Report of the Indian Hemp Drugs Commission, 1894-1895 - Volume VIII
Year: 1894
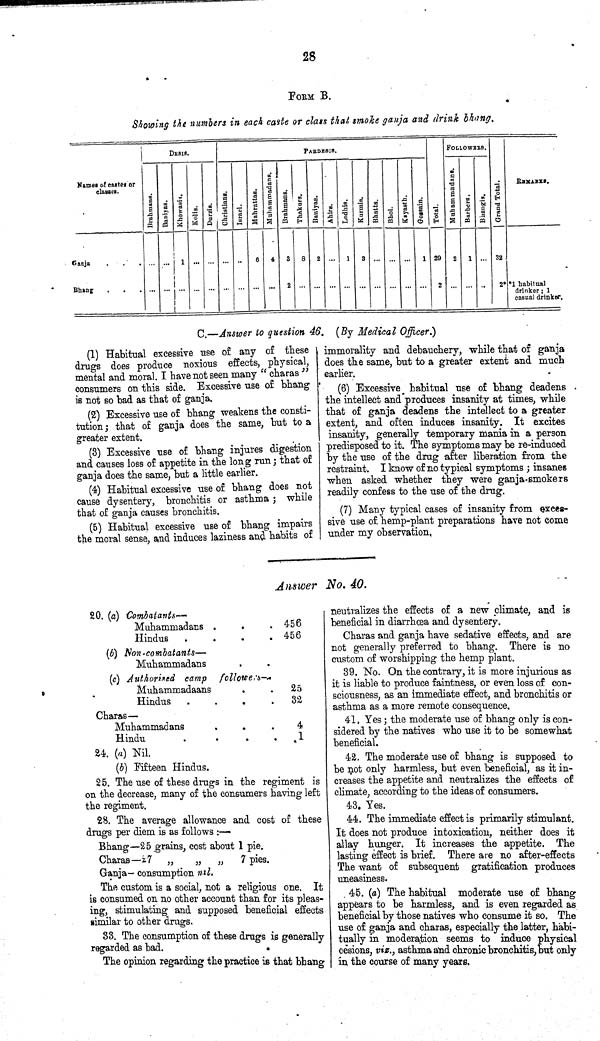
28
FORM B.
Showing the numbers in each caste or class that smoke ganja and drink bhang.
DESIS.
PARDESIS.
FOLLOWERS.
Names of castes or
classes.
Brahmans.
Baniyas. Khowasis. Kolis. Durzis.
Christians.
Israel.
Mahrattas. Muhammadans. Brahmans. Thakurs. Baniyas. Ahirs. Lodhis. Kurmis. Bhatts. Bhoi. Kayasth. Gossain. Total. Muhammadans. Barbers. Bhangis. Grand Total.
REMARKS.
Ganja
1
6 4 3 8 2
1 3
1 29 2 1
32
Bhang
2
2
2* *1 habitual
drinker; 1
casual drinker.
C.—Answer to question 46. (By Medical Officer.)
(1) Habitual excessive use of any of these
drugs does produce noxious effects. physical,
mental and moral. I have not seen many "charas"
consumers on this side. Excessive use of bhang
is not so bad as that of ganja.
(2) Excessive use of bhang weakens the consti-
tution; that of ganja does the same, but to a
greater extent.
(3) Excessive use of bhang injures digestion
and causes loss of appetite in the Iong run; that of
ganja does the same, but a little earlier.
(4) Habitual excessive use of bhang does not
cause dysentery, bronchitis or asthma; while
that of ganja causes bronchitis.
(5) Habitual excessive use of bhang impairs
the moral sense, and induces laziness and habits of
immorality and debauchery, while that of ganja
does the same, but to a greater extent and much
earlier.
(6) Excessive habitual use of bhang deadens
the intellect and produces insanity at times, while
that of ganja deadens the intellect to a greater
extent, and often induces insanity. It excites
insanity, generally temporary mania in a person
predisposed to it. The symptoms may be re-induced
by the use of the drug after liberation from the
restraint. I know of no typical symptoms; insanes
when asked whether they were ganja smokers
readily confess to the use of the drug.
(7) Many typical cases of insanity from exces-
sive use of hemp-plant preparations have not come
under my observation.
Answer No. 40.
20. (a) Combatants—
Muhammadans
456
Hindus
456
(b) Hon-combatants—
Muhammadans
(c) Authorised camp followers—
Muhammadaans
25
Hindus
32
Charas—
Muhammadans
4
Hindu
1
24. (a) Nil.
(b) Fifteen Hindus.
25. The use of these drags in the regiment is
on the decrease, many of the consumers having left
the regiment.
28. The average allowance and cost of these
drugs per diem is as follows:—
Bhang—25 grains, cost about 1 pie.
Charas—27 „
„
„
7 pies.
Ganja— consumption nil.
The custom is a social, not a religious one. It
is consumed on no other account than for its pleas-
ing, stimulating and supposed beneficial effects
similar to other drugs.
S3. The consumption of these drugs is generally
regarded as bad.
The opinion regarding the practice is that bhang
neutralizes the effects of a new climate, and is
beneficial in diarrhoea and dysentery.
Charas and ganja have sedative effects, and are
not generally preferred to bhang. There is no
custom of worshipping the hemp plant.
39. No. On the contrary, it is more injurious as
it is liable to produce faintness, or even loss of con-
sciousness, as an immediate effect, and bronchitis or
asthma as a more remote consequence.
41. Yes; the moderate use of bhang only is con-
sidered by the natives who use it to be somewhat
beneficial.
42. The moderate use of bhang is supposed to
be not only harmless, but even beneficial, as it in-
creases the appetite and neutralizes the effects of
climate, according to the ideas of consumers.
43. Yes.
44. The immediate effect is primarily stimulant.
It does not produce intoxication, neither does it
allay hunger. It increases the appetite. The
lasting effect is brief. There are no after-effects
The want of subsequent gratification produces
uneasiness.
45. (a) The habitual moderate use of bhang
appears to be harmless, and is even regarded as
beneficial by those natives who consume it so. The
use of ganja and charas, especially the latter, habi-
tually m moderation seems to induce physical
cesions, viz., asthma and chronic bronchitis,but only
in the course of many years.